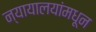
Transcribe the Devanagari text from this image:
न्यायालयांमधून